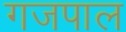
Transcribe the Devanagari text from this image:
गजपाल